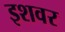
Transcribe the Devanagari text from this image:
इशवर